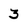
Character: 3